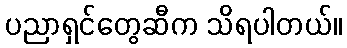
ပညာရှင်တွေဆီက သိရပါတယ်။